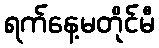
ရက်နေ့မတိုင်မီ